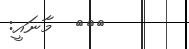
١٠٣  މާނައީ: